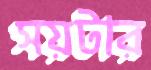
সয়টার